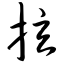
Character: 拉